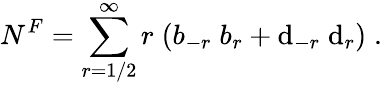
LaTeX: N^{F}=\sum_{r=1/2}^{\infty}r\; (b_{-r}\; b_{r}+\mathrm{d}_{-r}\; \mathrm{d}_{r})\; .